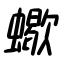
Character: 蠍